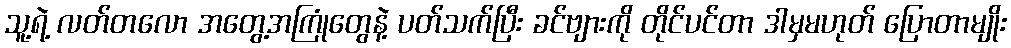
သူ့ရဲ့ လတ်တလော အတွေ့အကြုံတွေနဲ့ ပတ်သက်ပြီး ခင်ဗျားကို တိုင်ပင်တာ ဒါမှမဟုတ် ပြောတာမျိုး